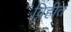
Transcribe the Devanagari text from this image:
विहीत